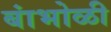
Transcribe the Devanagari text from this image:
बांभोळी